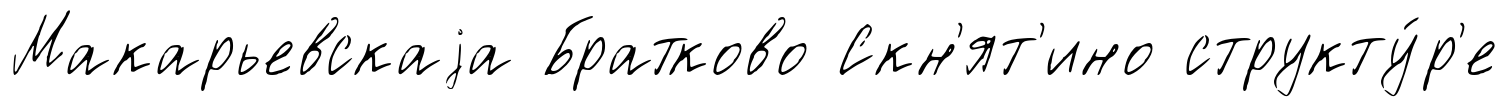
Макарьевскаjа Братково Скн'ят'ино структу́р'е